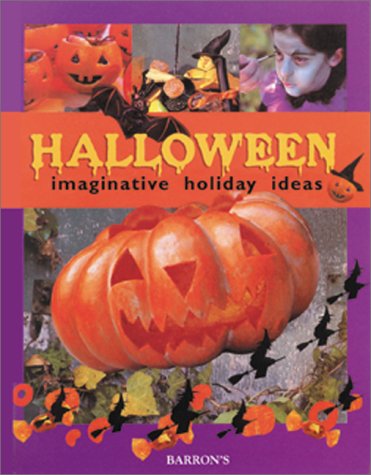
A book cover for Halloween: Imaginative Holiday Ideas; Marie-Laure Mantoux; Cookbooks, Food & Wine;